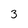
Character: 3